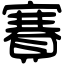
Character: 賽